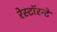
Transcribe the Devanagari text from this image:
रेस्टॉरन्टे